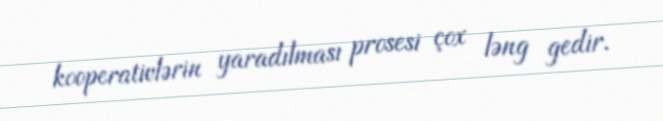
kooperativlərin yaradılması prosesi çox ləng gedir.